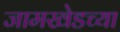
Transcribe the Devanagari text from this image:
जामखेडच्या